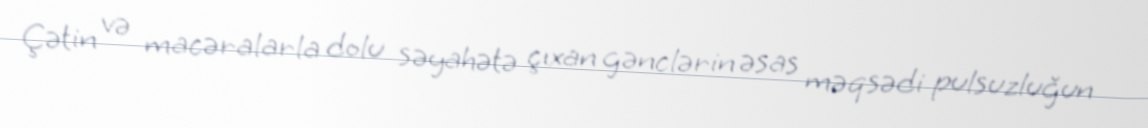
Çətin və macəralarla dolu səyahətə çıxan gənclərin əsas məqsədi pulsuzluğun